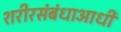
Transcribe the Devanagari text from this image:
शरीरसंबंधाआधी